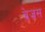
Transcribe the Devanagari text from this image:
ब्रेज्रस